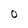
Character: O